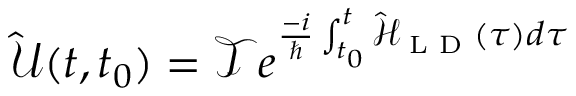
\mathcal { \hat { U } } ( t , t _ { 0 } ) = \mathcal { T } e ^ { \frac { - i } { \hbar } \int _ { t _ { 0 } } ^ { t } \mathcal { \hat { H } } _ { \textrm { L D } } ( \tau ) d \tau }